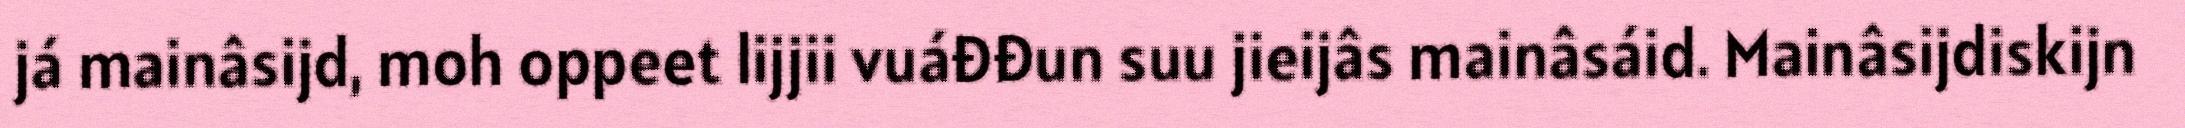
já mainâsijd, moh oppeet lijjii vuáđđun suu jieijâs mainâsáid. Mainâsijdiskijn